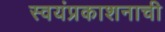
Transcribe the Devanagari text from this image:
स्वयंप्रकाशनाची